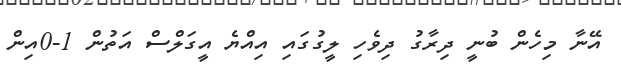
އޭނާ މިހެން ބުނީ ދިރާގު ދިވެހި ލީގުގައި އިއްޔެ އީގަލްސް އަތުން 1-0އިން